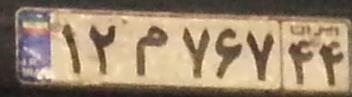
۱۲م۷۶۷۴۴